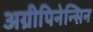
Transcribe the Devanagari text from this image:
अग्रीपिनेन्सिन